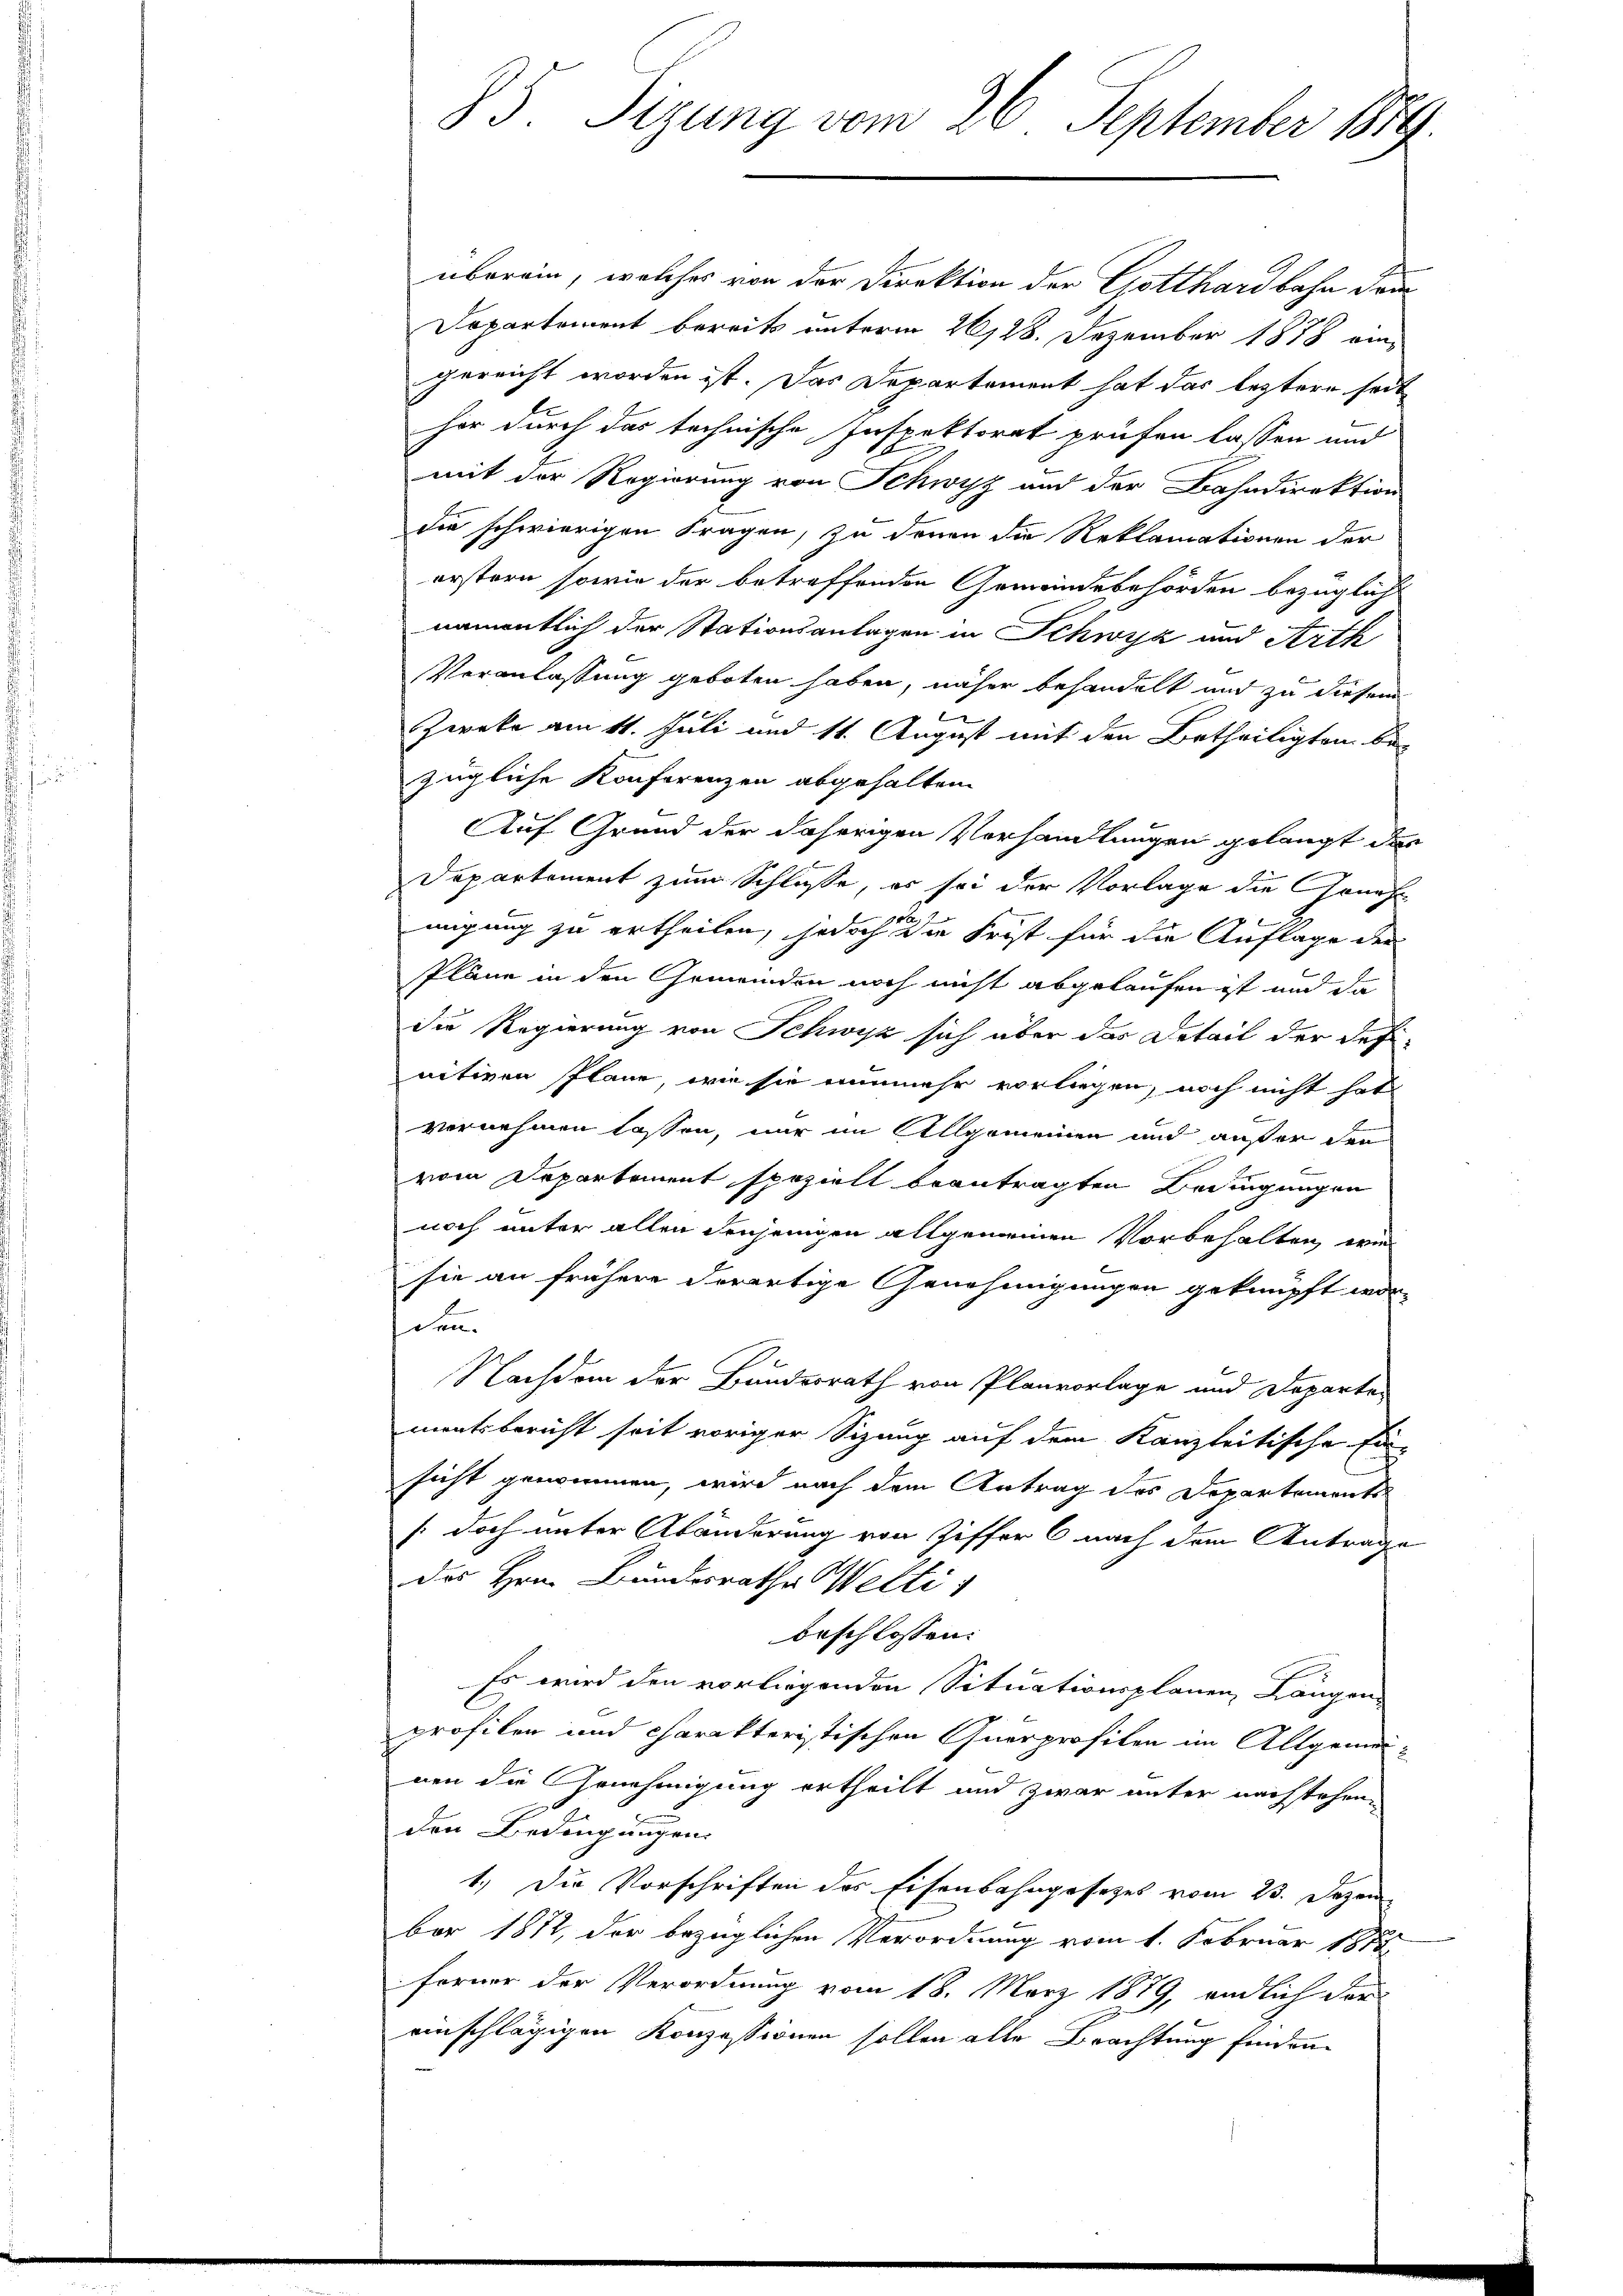
85. Sizung vom 26. September 189

überein, welches von der Direktion der Gotthardbahn dem
Departement bereits unterm 26/28. Dezember 1878 eingereicht worden ist. Das Departement hat das leztere seit
her durch das technische Inspektorat prüfen lassen und
mit der Regierung von Schwyz aud der Bahndirektion
die schwierigen Fragen, zu denen die Reklamationen der
erstern sowie der betreffenden Gemeindebehörden bezüglich
namentlich der Stationsanlagen in Schwyz und Arth
Veranlassung geboten haben, näher behandelt und zu diesem
2
Zweke am 11. Juli und 11. August mit den Betheiligten be-
zügliche Konferenzen abgehalten
Auf Grund der daherigen Verhandlungen gelangt das
Departement zum Schluße, es sei der Vorlage die Genus
migung zu ertheilen, jedoch die Frist für die Auflage der
Pläne in den Gemeinden noch nicht abgelaufen ist und da
die Regierung von Schwyz sich aber das Detail der Defi-
nitiven Plane, wie sie nunmehr vorliegen, noch nicht hat
vernehmen lassen, nur im Allgemeinen und außer den
vom Departement spezielt beantragten Bedingungen
noch unter allen denjenigen allgemeinen Vorbehalten, wie
sie an frühere derartige Genehmigungen geknüpft wor-
den.
Nachdem der Bundesrath von Planvorlage und Departen
mentsbericht seit voriger Sizung auf dem Kanzleitische Ein-
sicht genommen, wird nach dem Antrag des Departements-
(doch unter Abänderung von Ziffer 6 nach dem Antrage
des Hrn. Bundesrathe Welti,
beschlossen:
Es wird den vorliegenden Situationsplanen Längen-
profilen und charakteristischen Querprofiten im Allgemeinen die Genehmigung ertheilt und zwar unter nachstehen
den Bedingungen
1.) Die Vorschriften des Eisenbahngesetzes vom 23. Dezem
ber 1812, der bezüglichen Verordnung vom 1. Februar 1873
ferner der Verordnung vom 18. März 1879, endlich der
einschlägigen Konzessionen sollen alle Brachtung finden.